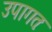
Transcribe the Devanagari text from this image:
उपागतः